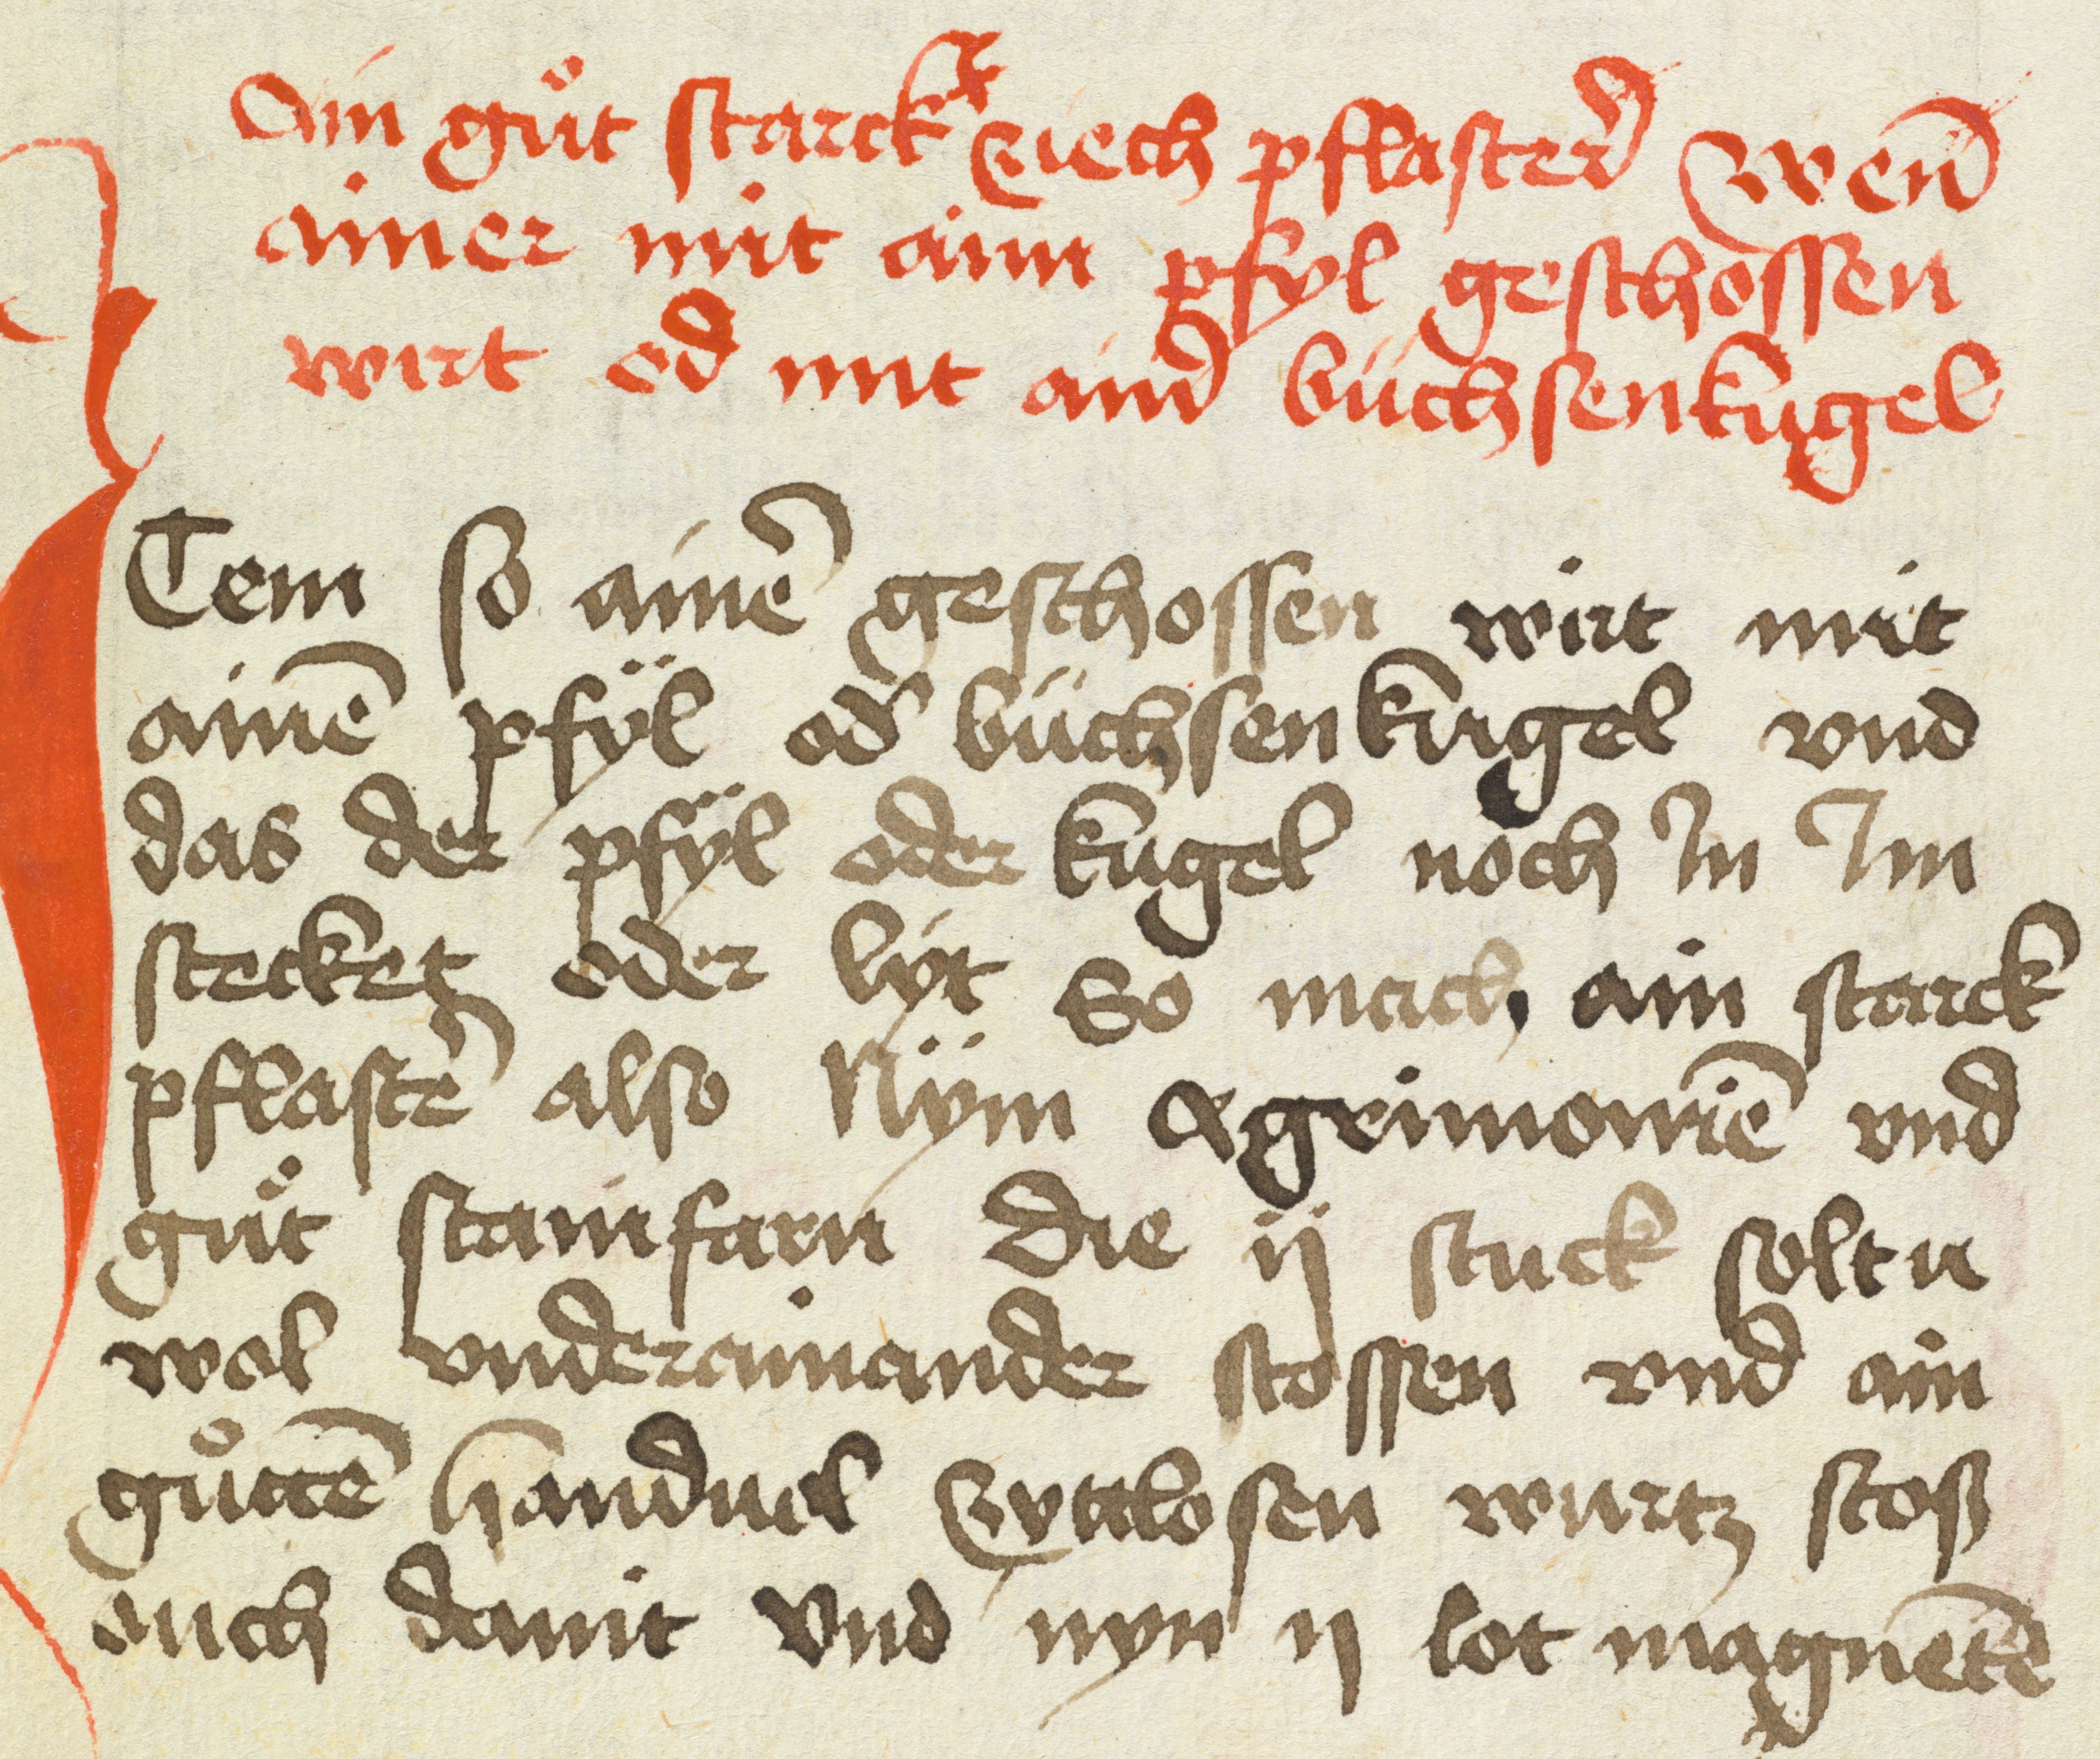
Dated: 1475–1499